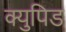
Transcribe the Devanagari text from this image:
क्युपिड